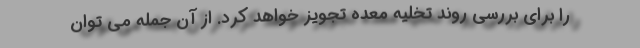
را برای بررسی روند تخلیه معده تجویز خواهد کرد. از آن جمله می توان